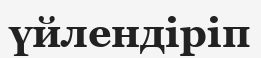
үйлендіріп